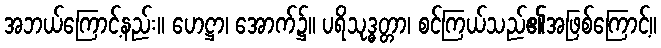
အဘယ်ကြောင့်နည်း။ ဟေဋ္ဌာ၊ အောက်၌။ ပရိသုဒ္ဓတ္တာ၊ စင်ကြယ်သည်၏အဖြစ်ကြောင့်။